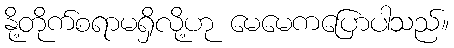
နို့တိုက်စရာမရှိလို့ဟု မေမေကပြောပါသည်။